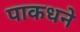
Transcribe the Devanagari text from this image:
पाकधने